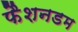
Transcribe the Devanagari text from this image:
फैशनडम